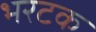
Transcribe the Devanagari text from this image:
भरटक